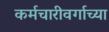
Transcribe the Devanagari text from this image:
कर्मचारीवर्गाच्या